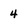
Character: 4